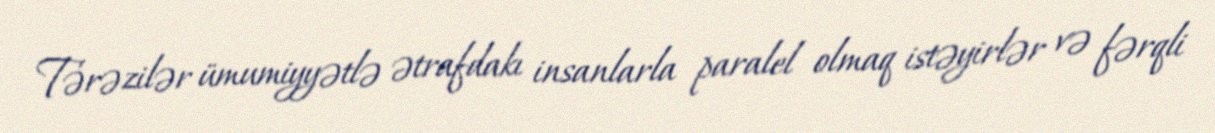
Tərəzilər ümumiyyətlə ətrafdakı insanlarla paralel olmaq istəyirlər və fərqli